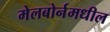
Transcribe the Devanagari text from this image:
मेलबोर्नमधील